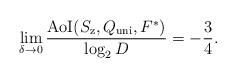
LaTeX: \begin{align*}\lim_{\delta \to 0}\frac{{\rm AoI}(S_{\mathrm{z}},Q_{\mathrm{uni}},F^*)}{\log_2 D}=-\frac{3}{4}.\end{align*}